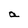
Character: a